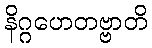
နိဂ္ဂဟေတဗ္ဗာတိ